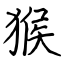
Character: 猴